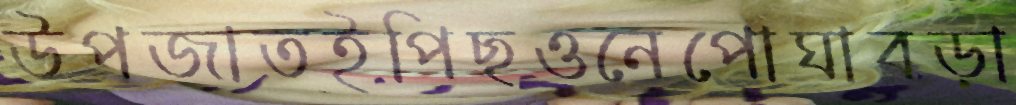
উপজাতইপিছওনেপোঘাবড়া